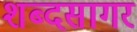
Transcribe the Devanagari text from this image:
शब्‍दसागर